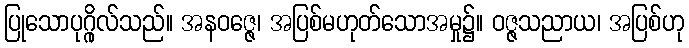
ပြုသောပုဂ္ဂိုလ်သည်။ အနဝဇ္ဇေ၊ အပြစ်မဟုတ်သောအမှု၌။ ဝဇ္ဇသညာယ၊ အပြစ်ဟု